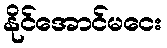
နိုင်အောင်မငေး